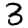
Digit: 3